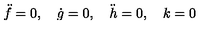
\ddot { f } = 0 , \quad \dot { g } = 0 , \quad \ddot { h } = 0 , \quad k = 0